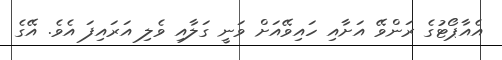
އެއާޕޯޓުގެ ރަންވޭ އަށާއި ހައިވޭއަށް ވަނީ ގަލާއި ވެލި އަރައިފަ އެވެ. އޭގެ